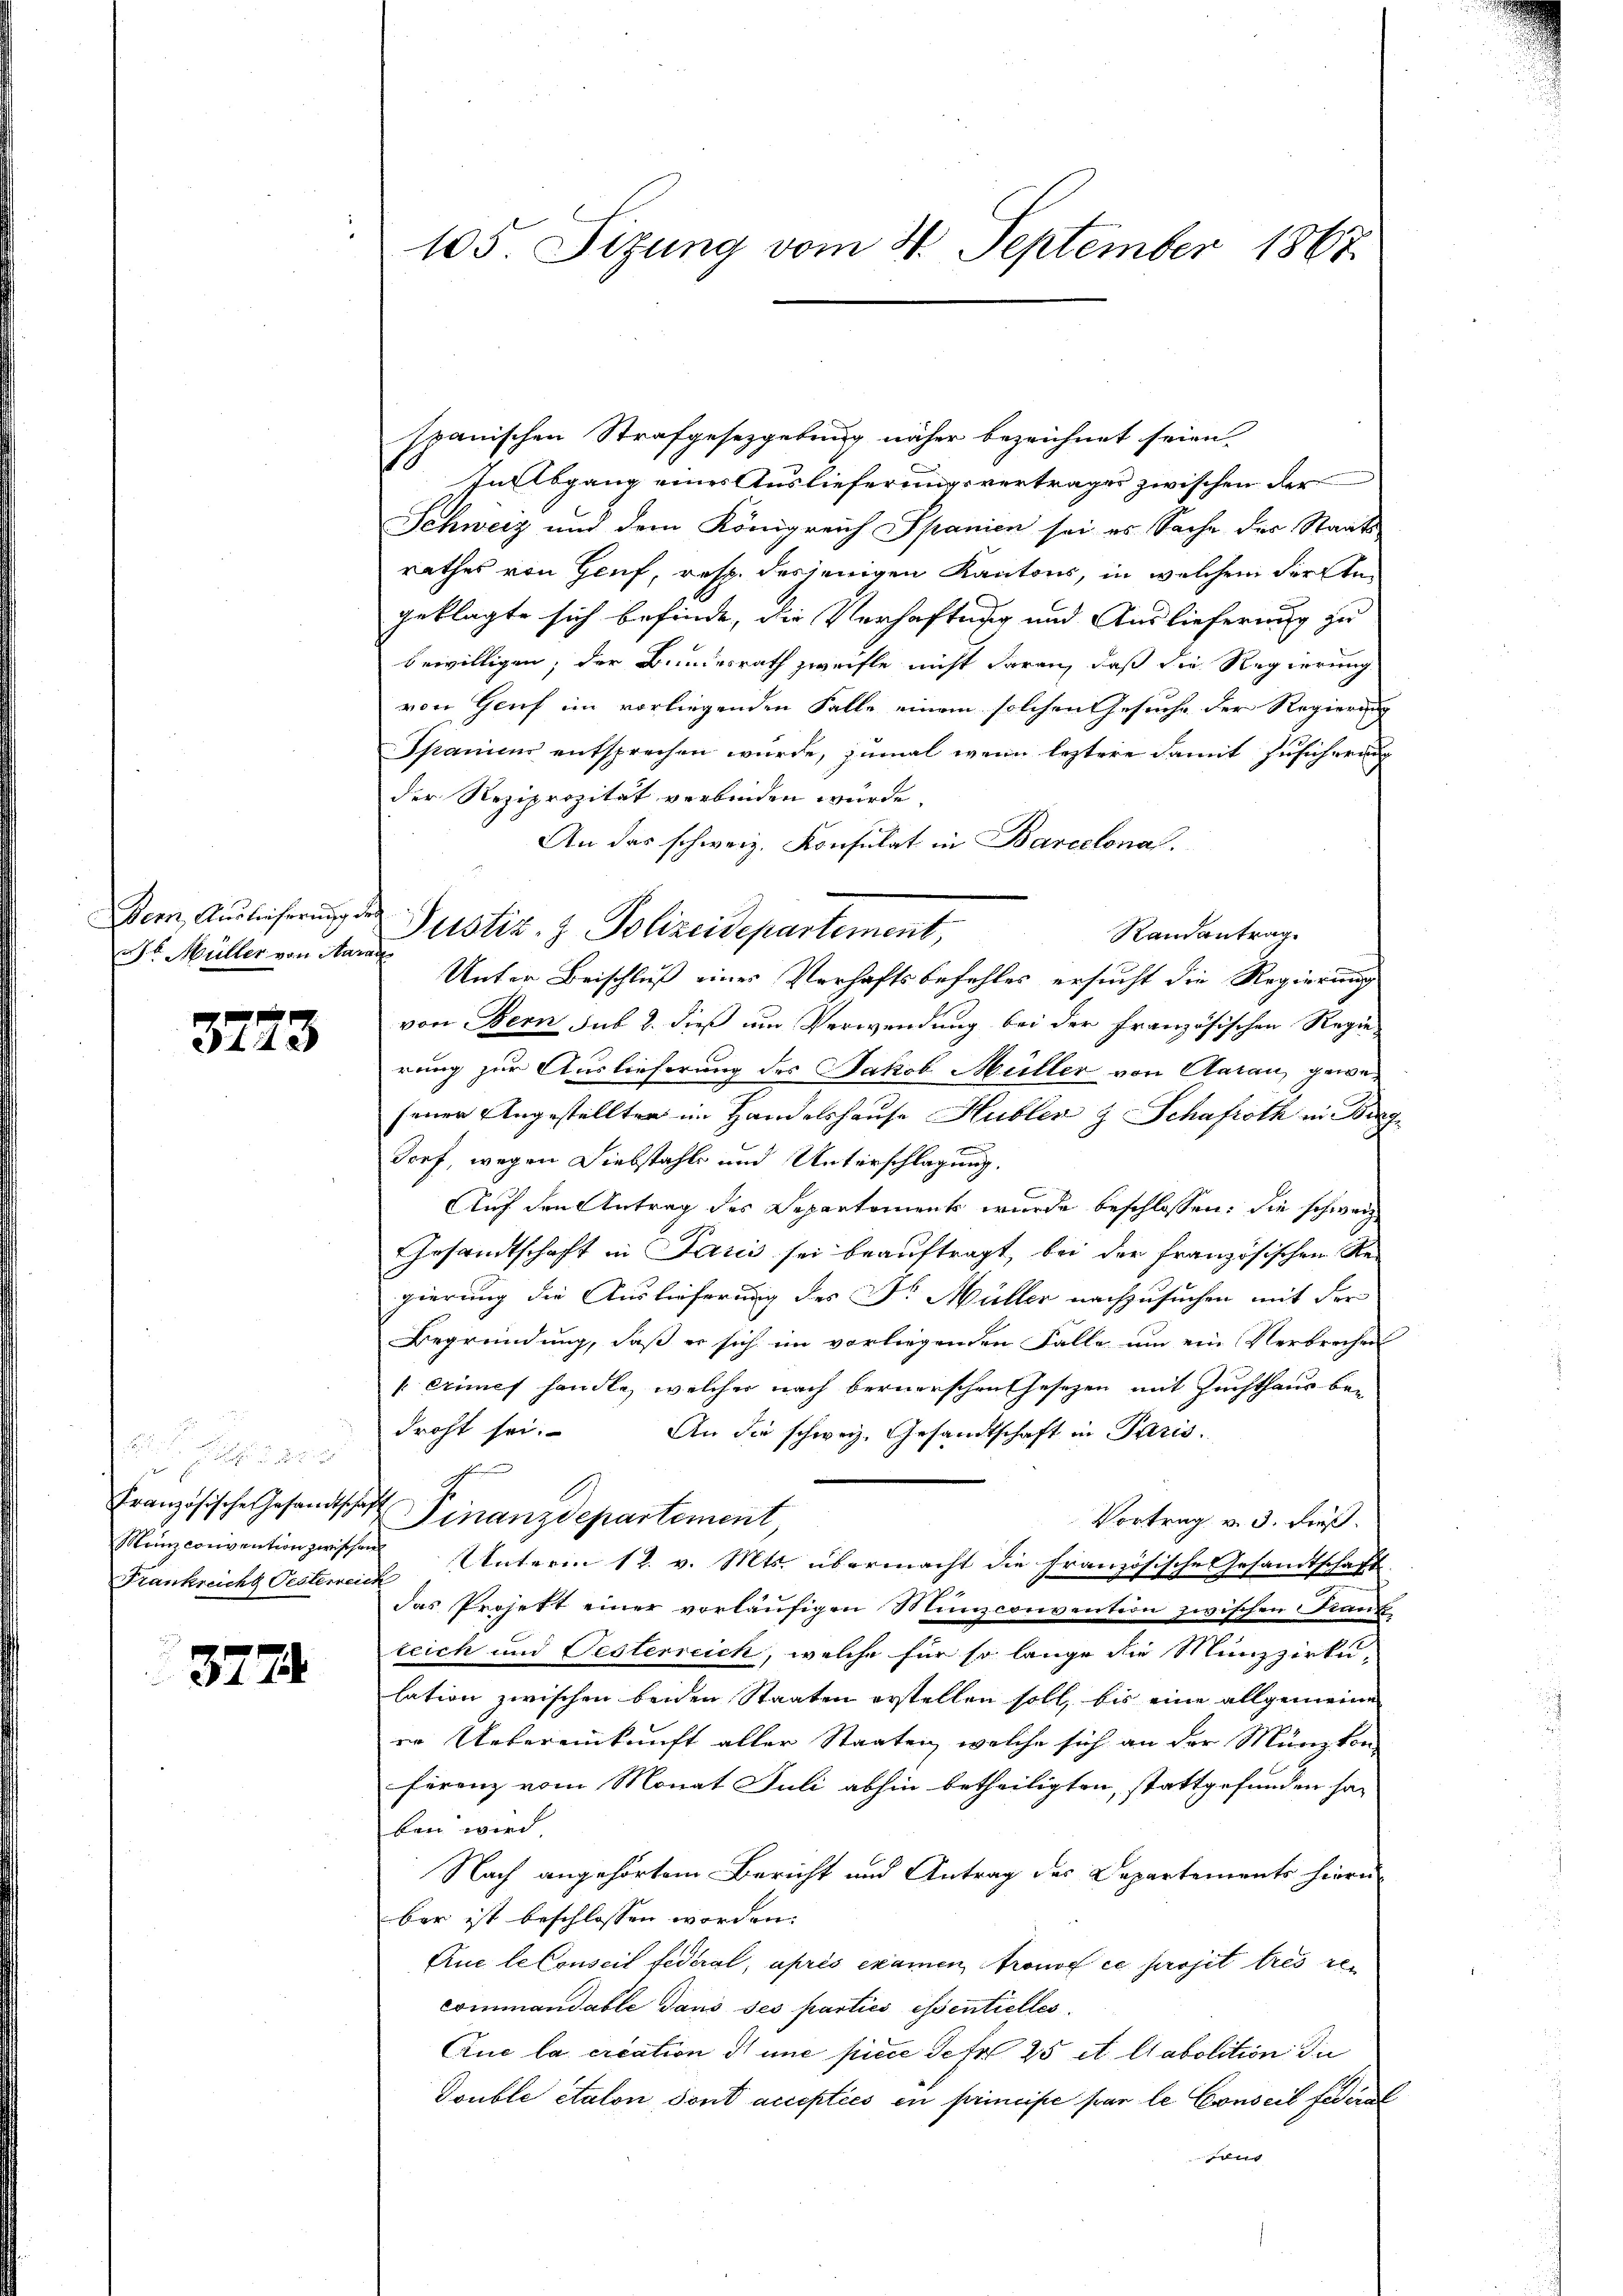
Bern, Auslicherung de
t Müller von Na

3773

i
Französische Gesandtschaf
Manz convention zwische
Frankreicht Pesterrei

3774

105. Sizung vom 30. September 1867

spanischen Strafgesetzgebung näher bezeichnet seien.
Fallbgang eines Auslieferungsvertrages zwischen der
Schweiz und dem Königreich Spanien sei es Sache der Staats-
rathes von Genf, resp. desjenigen Kantons, in welchem der Angeklagte sich befinde, die Verhaftung und Auslieferung zu
bewilligen; der Bundesrath zweifle nicht daran, daß die Regierung
von Genf im vorliegenden Falle einem solchen Gesuche der Regierung
Spanicus entsprechen wurde, zumal wenn leztere damit Zusicherung
der Reziprozität verbinden würde.
An das schweiz. Konsulat in Barcelona.
Randantrag
ch
Unter Beischluß eines Verhaftsbefehles ersucht die Regierung
von Bern sub 2. dieß um Verwendung bei der französischen Regie-
rung zur Auslieferung des Jakob Müller von Aarau gewejener Angestellten im Handelshause Hubler & Schafroth in Breg
dorf, wegen Diebstahls und Unterschlagung,
Auf den Antrag des Departement wurde beschlossen: die schweiz
Gesandtschaft in Paris sei beauftragt, bei der französischen Regierung die Auslieferung des Dr. Müller nachzusuchen mit der
Begründung, daß er sich im vorliegenden Falle um ein Verbrechen
 crimes handle, welcher nach bernerschen Gesetzen mit Zuchthaus bei
droht sei. An die schweiz. Gesandtschaft in Paris.
h
h
Finanzdepartement
Vortrag v. 3. dieß.
s
Unterm 12. v. Mts. übermacht die Französische Gesandtschaft
i
das Projekt einer vorläufigen Munzconvention zwischen ant
teich und Pesterreich, welche für so lange die Münzzirtu-
lation zwischen beiden Staaten erstellen soll, bis eine allgemeine
re Uebereinkunft aller Staaten, welche sich an der Münzkon
ferenz vom Monat Juli abhin betheiligten, stattgefunden sa
ben wird
Nach angehörtem Bericht und Antrag des Departements hierin
bar ist beschlossen worden.
Que le Conseit fidéral, après examen, tronos ce projet tres den
commandable dans ses parties essentielles
Aue la cication d une piece de fr 25 et Aabolition die
Double etalon dont accepties en principe par le Conseil fédéral
uit

Justiz- & Polizeidepartement,